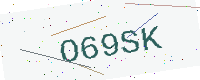
Text: O69SK